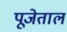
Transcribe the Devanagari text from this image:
पूजेताल